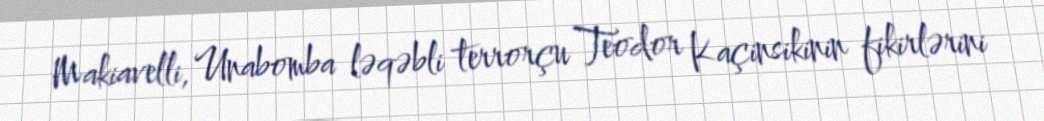
Makiavelli, Unabomba ləqəbli terrorçu Teodor Kaçinsikinin fikirlərini